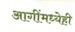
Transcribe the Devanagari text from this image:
आगींमध्येही